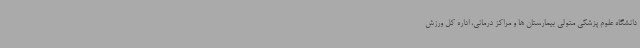
دانشگاه علوم پزشکی متولی بیمارستان ها و مراکز درمانی، اداره کل ورزش